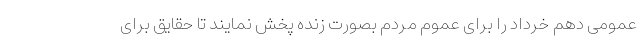
عمومی دهم خرداد را برای عموم مردم بصورت زنده پخش نمایند تا حقایق برای